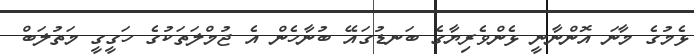
ޅެމުގެ މާނަ އޮންނާނީ ޅެންވެރިޔާގެ ބަނޑުގައޭ ބުނާހެން އެ ޖުމްލަތަކުގެ ހަގީގީ މަތުލަބް